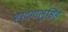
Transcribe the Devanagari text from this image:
हरदयालुसिंह